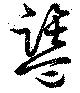
盬